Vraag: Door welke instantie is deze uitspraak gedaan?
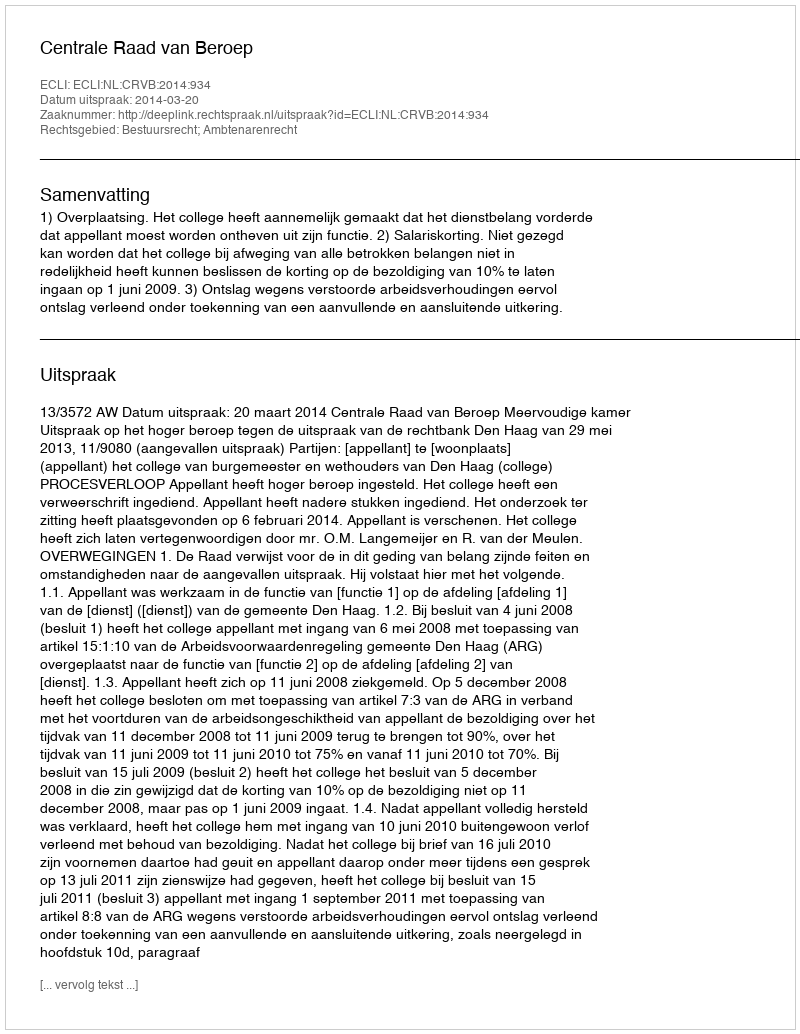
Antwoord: Centrale Raad van Beroep